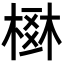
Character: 𣗂